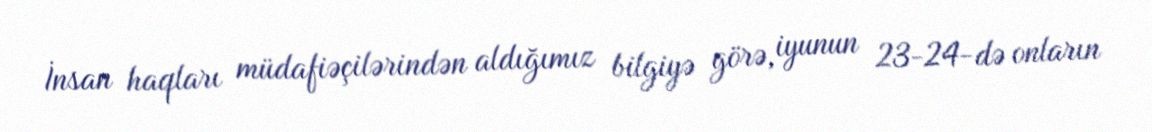
İnsan haqları müdafiəçilərindən aldığımız bilgiyə görə, iyunun 23-24-də onların